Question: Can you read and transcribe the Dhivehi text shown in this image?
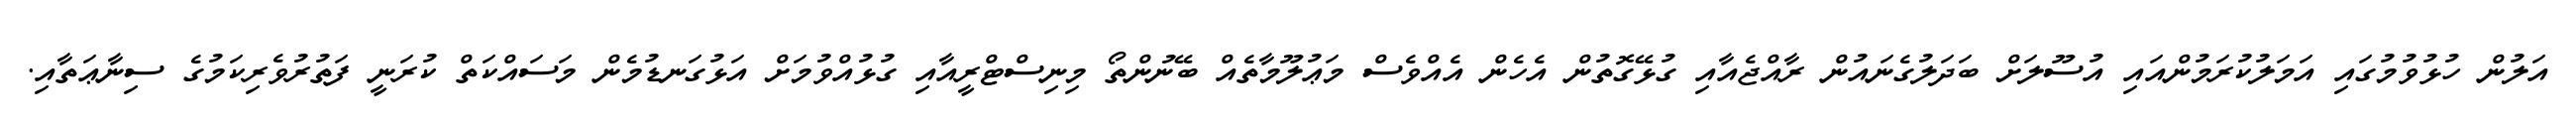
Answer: އަލުން ހުޅުވުމުގައި އަމަލުކުރަމުންއައި އުސޫލަށް ބަދަލުގެނައުން ރާއްޖެއާއި ގުޅޭގޮތުން އެހެން އެއްވެސް މަޢުލޫމާތެއް ބޭނުންތޯ މިނިސްޓްރީއާއި ގުޅުއްވުމަށް އަޅުގަނޑުމެން މަސައްކަތް ކުރަނީ ފަތުރުވެރިކަމުގެ ސިނާޢަތާއި.